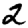
Digit: 2